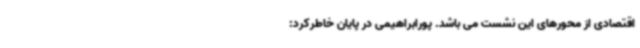
اقتصادی از محورهای این نشست می باشد. پورابراهیمی در پایان خاطرکرد: